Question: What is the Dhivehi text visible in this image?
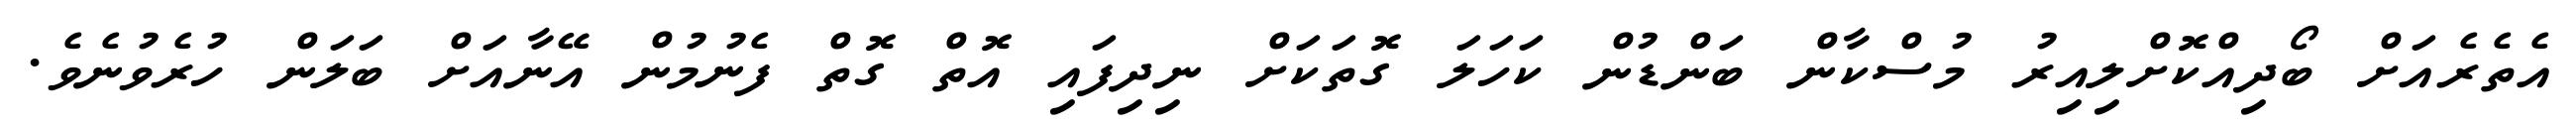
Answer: އެތެރެއަށް ބޯދިއްކޮށްލިއިރު މުސްކާން ބަންޑުން ކަހަލަ ގޮތަކަށް ނިދިފައި އޮތް ގޮތް ފެނުމުން އޭނާއަށް ބަލަން ހުރެވުނެވެ.